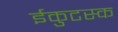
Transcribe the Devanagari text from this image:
ईकुटस्क